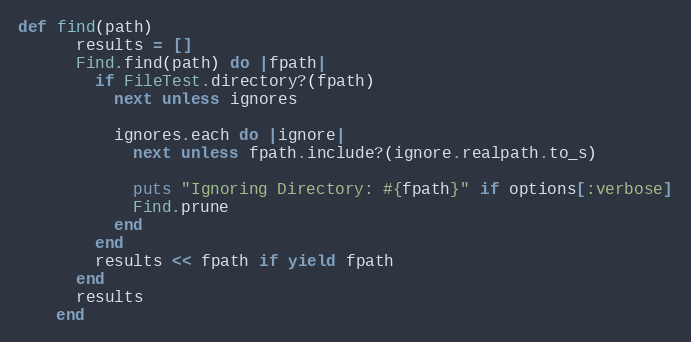
Language: Ruby
def find(path)
      results = []
      Find.find(path) do |fpath|
        if FileTest.directory?(fpath)
          next unless ignores

          ignores.each do |ignore|
            next unless fpath.include?(ignore.realpath.to_s)

            puts "Ignoring Directory: #{fpath}" if options[:verbose]
            Find.prune
          end
        end
        results << fpath if yield fpath
      end
      results
    end